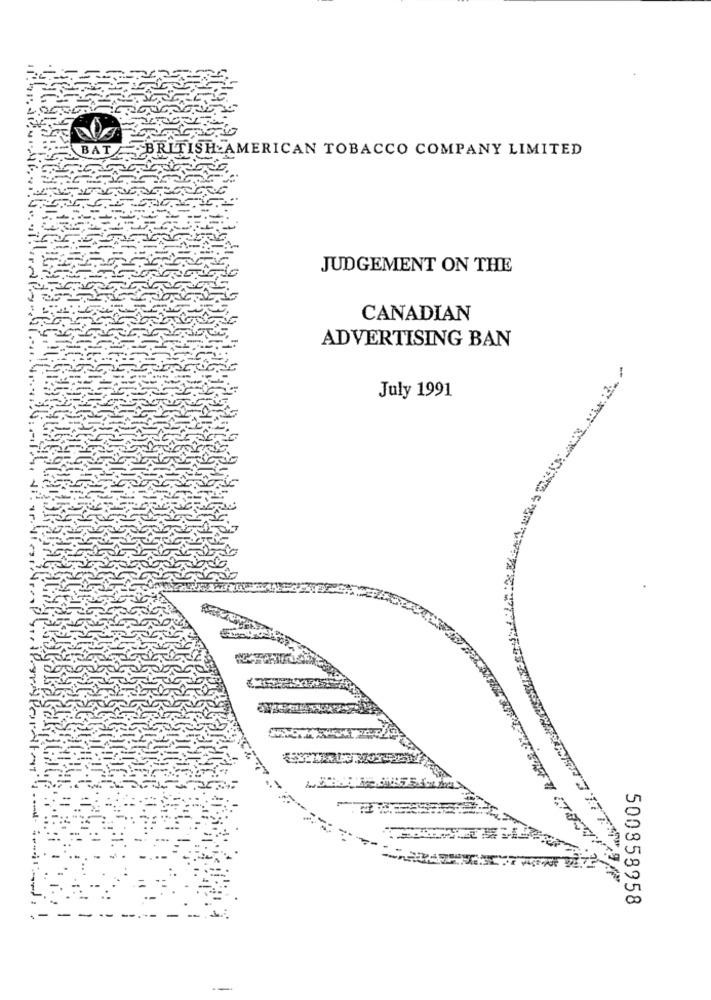
BAT
BRITISH AMERICAN TOBACCO COMPANY LIMITED
JUDGEMENT ON THE
CANADIAN
ADVERTISING BAN
July 1991
500858958